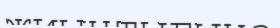
жиынтыгына